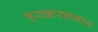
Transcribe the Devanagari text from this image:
हरकरननाथ